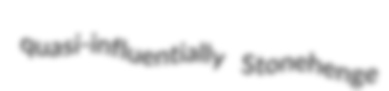
quasi-influentially Stonehenge